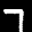
Label: 7